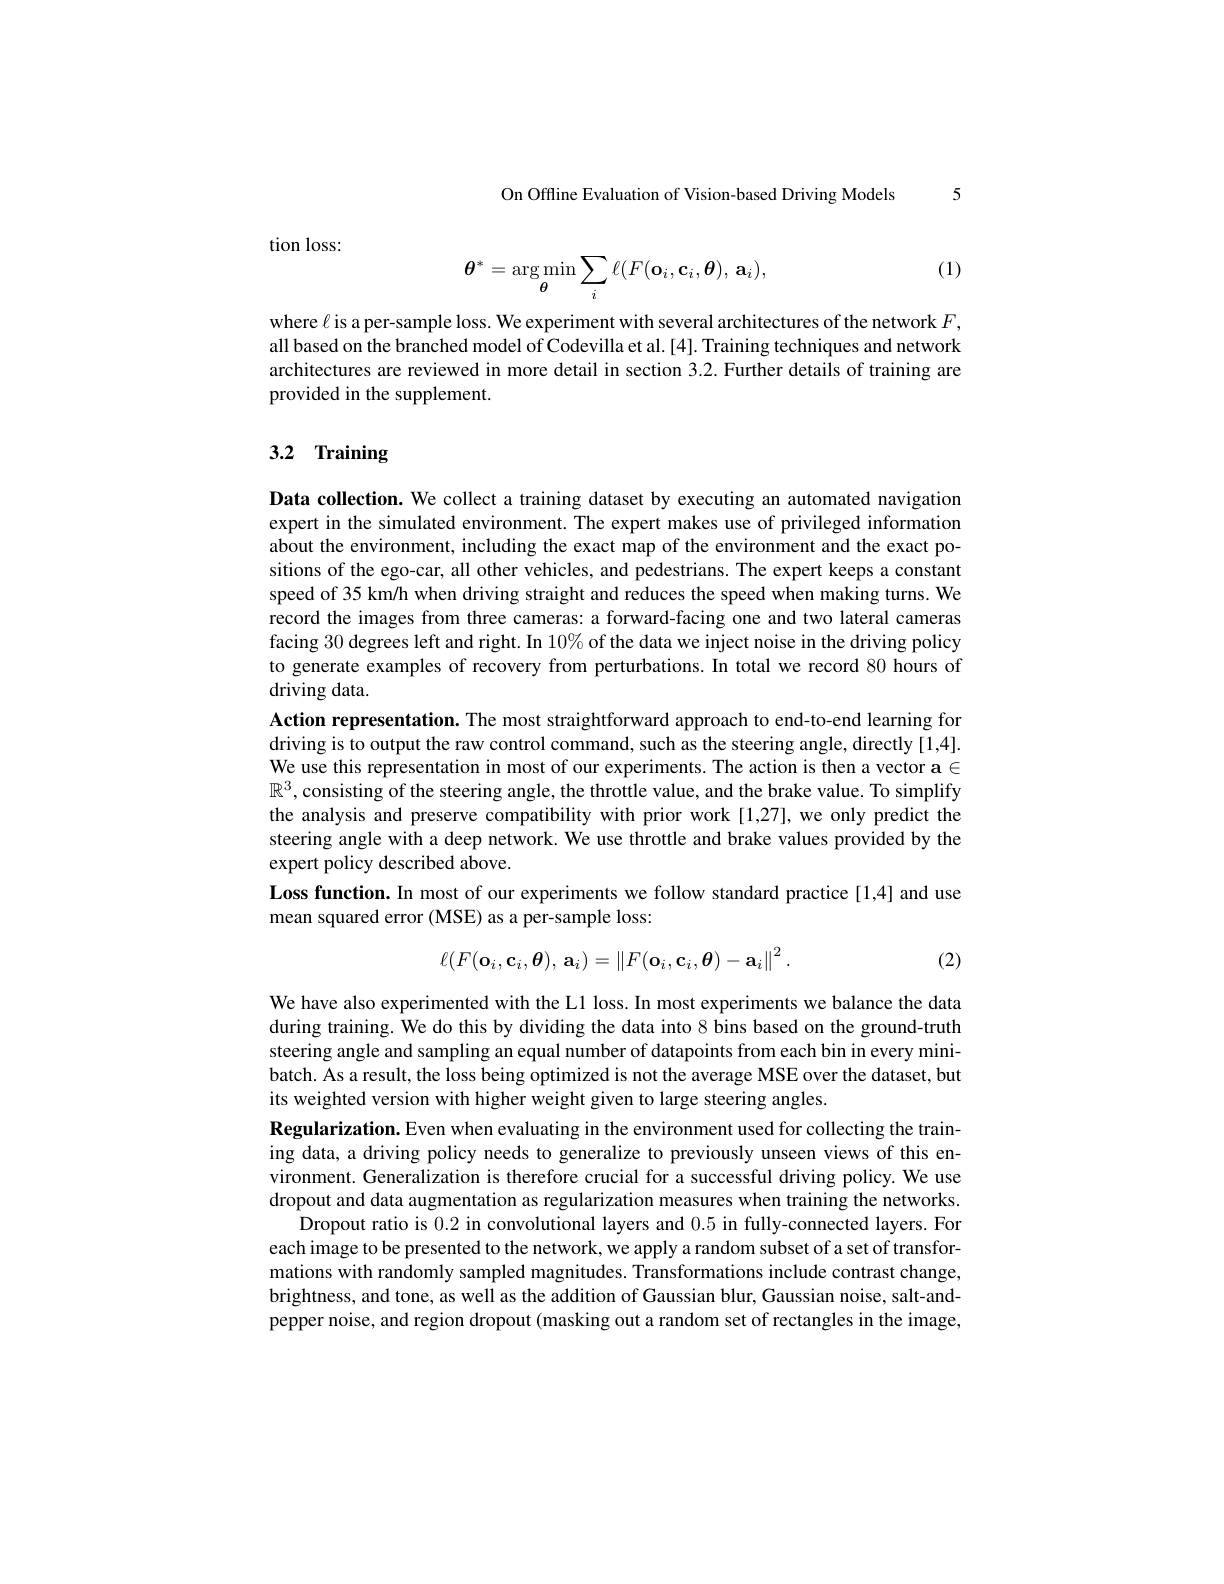
On Offline Evaluation of Vision-based Driving Models 5

tion loss:

(1)
$$\theta^{*}=\underset{\theta}{\operatorname*{\arg\min}}\sum_{i}\ell(F(\mathbf{o}_{i},\mathbf{c}_{i},\boldsymbol{\theta}),\:\mathbf{a}_{i}),$$
where $\ell$ is a per-sample loss. We experiment with several architectures of the network $F$, all based on the branched model of Codevilla et al.[4]. Training techniques and network architectures are reviewed in more detail in section 3.2. Further details of training are provided in the supplement.

# 3.2 Training

Data collection. We collect a training dataset by executing an automated navigation expert in the simulated environment. The expert makes use of privileged information about the environment, including the exact map of the environment and the exact positions of the ego-car, all other vehicles, and pedestrians. The expert keeps a constant speed of 35 km/h when driving straight and reduces the speed when making turns. We record the images from three cameras: a forward-facing one and two lateral cameras facing 30 degrees left and right. In 10% of the data we inject noise in the driving policy to generate examples of recovery from perturbations. In total we record 80 hours of driving data.
Action representation. The most straightforward approach to end-to-end learning for driving is to output the raw control command, such as the steering angle, directly[1,4]. We use this representation in most of our experiments. The action is then a vector $\mathbf{a}\in$ $\mathbb{R}^3$,consisting of the steering angle, the throttle value, and the brake value. To simplify the analysis and preserve compatibility with prior work [1,27], we only predict the steering angle with a deep network. We use throttle and brake values provided by the expert policy described above.
Loss function. In most of our experiments we follow standard practice[1,4] and use
mean squared error (MSE) as a per-sample loss:
$$\ell(F(\mathbf{o}_i,\mathbf{c}_i,\boldsymbol{\theta}),\:\mathbf{a}_i)=\left\|F(\mathbf{o}_i,\mathbf{c}_i,\boldsymbol{\theta})-\mathbf{a}_i\right\|^2.$$
(2)

We have also experimented with the L1 loss. In most experiments we balance the data during training. We do this by dividing the data into 8 bins based on the ground-truth steering angle and sampling an equal number of datapoints from each bin in every minibatch. As a result, the loss being optimized is not the average MSE over the dataset, but its weighted version with higher weight given to large steering angles.
Regularization.Even when evaluating in the environment used for collecting the training data, a driving policy needs to generalize to previously unseen views of this environment. Generalization is therefore crucial for a successful driving policy. We use dropout and data augmentation as regularization measures when training the networks
Dropout ratio is 0.2 in convolutional layers and 0.5 in fully-connected layers. For each image to be presented to the network, we apply a random subset of a set of transformations with randomly sampled magnitudes. Transformations include contrast change, brightness, and tone, as well as the addition of Gaussian blur, Gaussian noise, salt-andpepper noise, and region dropout (masking out a random set of rectangles in the image